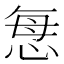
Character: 𢙽